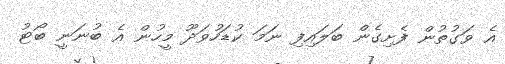
އެ ވަގުތުން ފެށިގެން ބަލައިފި ނަމަ ކުޑަހުވަދޫ މީހުން އެ ބުނަނީ ބޯޓު